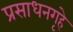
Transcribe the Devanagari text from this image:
प्रसाधनगृहे